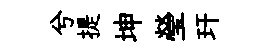
兮提坤瑩玕